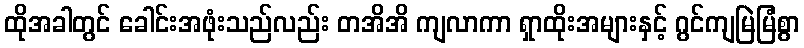
ထိုအခါတွင် ခေါင်းအဖုံးသည်လည်း တအိအိ ကျလာကာ ရှာထိုးအများနှင့် ဂွင်ကျမြဲမြံစွာ